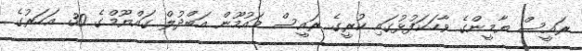
ރައީސް ޔާމީންގެ ވާހަކަފުޅުގައި ކުރީގެ ރައީސް މައުމޫން އަބްދުލް ގައްޔޫމްގެ 30 އަހަރުގެ